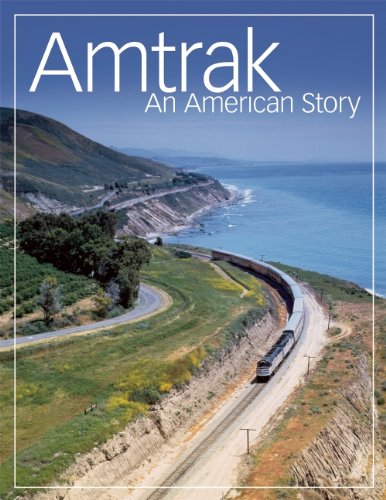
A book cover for Amtrak: An American Story; The staff of Amtrak; Engineering & Transportation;